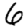
Digit: 6